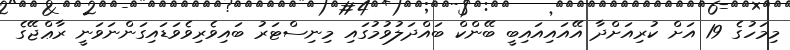
މިމަހުގެ 19 އަށް ކުރިއަށްދާ އޭއައިއައިބީ ބޭންކް ބައްދަލުވުމުގައި މިނިސްޓަރު ބައިވެރިވެވަޑައިގަންނަވަނީ ރާޢްޖޭގެ